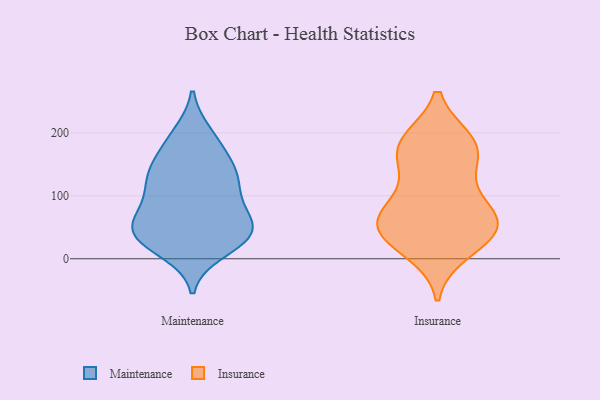
{"axis": {"x": "Tickets Resolved", "y": "Value"}, "legend": ["Insurance", "Maintenance"], "data": [{"x": "", "y": 120, "type": "Maintenance"}, {"x": "", "y": 37, "type": "Maintenance"}, {"x": "", "y": 44, "type": "Maintenance"}, {"x": "", "y": 142, "type": "Maintenance"}, {"x": "", "y": 22, "type": "Maintenance"}, {"x": "", "y": 44, "type": "Maintenance"}, {"x": "", "y": 92, "type": "Maintenance"}, {"x": "", "y": 172, "type": "Maintenance"}, {"x": "", "y": 133, "type": "Maintenance"}, {"x": "", "y": 41, "type": "Maintenance"}, {"x": "", "y": 45, "type": "Maintenance"}, {"x": "", "y": 39, "type": "Maintenance"}, {"x": "", "y": 193, "type": "Maintenance"}, {"x": "", "y": 138, "type": "Maintenance"}, {"x": "", "y": 93, "type": "Maintenance"}, {"x": "", "y": 81, "type": "Maintenance"}, {"x": "", "y": 13, "type": "Maintenance"}, {"x": "", "y": 198, "type": "Maintenance"}, {"x": "", "y": 136, "type": "Maintenance"}, {"x": "", "y": 62, "type": "Maintenance"}, {"x": "", "y": 62, "type": "Insurance"}, {"x": "", "y": 161, "type": "Insurance"}, {"x": "", "y": 22, "type": "Insurance"}, {"x": "", "y": 49, "type": "Insurance"}, {"x": "", "y": 135, "type": "Insurance"}, {"x": "", "y": 53, "type": "Insurance"}, {"x": "", "y": 169, "type": "Insurance"}, {"x": "", "y": 104, "type": "Insurance"}, {"x": "", "y": 11, "type": "Insurance"}, {"x": "", "y": 59, "type": "Insurance"}, {"x": "", "y": 188, "type": "Insurance"}, {"x": "", "y": 36, "type": "Insurance"}, {"x": "", "y": 73, "type": "Insurance"}, {"x": "", "y": 188, "type": "Insurance"}, {"x": "", "y": 67, "type": "Insurance"}, {"x": "", "y": 186, "type": "Insurance"}]}